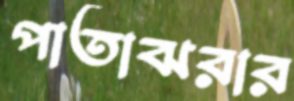
পাতাঝরার